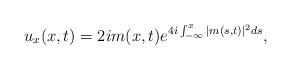
LaTeX: \begin{align*}u_x(x,t)= 2i m(x,t) e^{4i \int_{-\infty}^x |m(s,t)|^2 ds}, \end{align*}